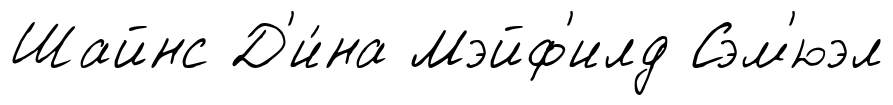
Шайнс Д'и́на Мэйф'илд Сэм'юэл